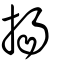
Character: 揚